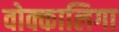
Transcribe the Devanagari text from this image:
वोक्कालिगा